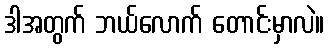
ဒါအတွက် ဘယ်လောက် တောင်းမှာလဲ။